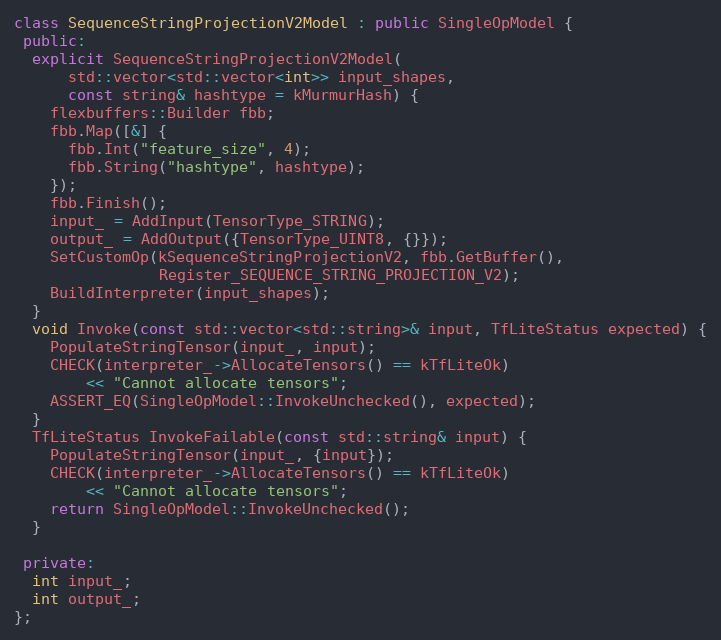
Language: C++
class SequenceStringProjectionV2Model : public SingleOpModel {
 public:
  explicit SequenceStringProjectionV2Model(
      std::vector<std::vector<int>> input_shapes,
      const string& hashtype = kMurmurHash) {
    flexbuffers::Builder fbb;
    fbb.Map([&] {
      fbb.Int("feature_size", 4);
      fbb.String("hashtype", hashtype);
    });
    fbb.Finish();
    input_ = AddInput(TensorType_STRING);
    output_ = AddOutput({TensorType_UINT8, {}});
    SetCustomOp(kSequenceStringProjectionV2, fbb.GetBuffer(),
                Register_SEQUENCE_STRING_PROJECTION_V2);
    BuildInterpreter(input_shapes);
  }
  void Invoke(const std::vector<std::string>& input, TfLiteStatus expected) {
    PopulateStringTensor(input_, input);
    CHECK(interpreter_->AllocateTensors() == kTfLiteOk)
        << "Cannot allocate tensors";
    ASSERT_EQ(SingleOpModel::InvokeUnchecked(), expected);
  }
  TfLiteStatus InvokeFailable(const std::string& input) {
    PopulateStringTensor(input_, {input});
    CHECK(interpreter_->AllocateTensors() == kTfLiteOk)
        << "Cannot allocate tensors";
    return SingleOpModel::InvokeUnchecked();
  }

 private:
  int input_;
  int output_;
};